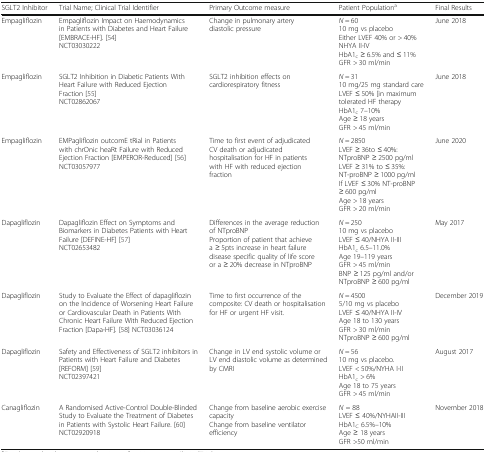
<table><thead><tr><td><b>SGLT2 Inhibitor</b></td><td><b>Trial Name; Clinical Trial Identifier</b></td><td><b>Primary Outcome measure</b></td><td><b>Patient Population<sup>a</sup></b></td><td><b>Final Results</b></td></tr></thead><tbody><tr><td>Empagliflozin</td><td>Empagliflozin Impact on Haemodynamics in Patients with Diabetes and Heart Failure [EMBRACE-HF]. [54]NCT03030222</td><td>Change in pulmonary artery diastolic pressure</td><td><i>N</i> = 6010 mg vs placeboEither LVEF 40% or &gt; 40%NHYA II-IVHbA1<sub>c</sub> ≥ 6.5% and ≤ 11%GFR &gt; 30 ml/min</td><td>June 2018</td></tr><tr><td>Empagliflozin</td><td>SGLT2 Inhibition in Diabetic Patients With Heart Failure with Reduced Ejection Fraction [55]NCT02862067</td><td>SGLT2 inhibition effects on cardiorespiratory fitness</td><td><i>N</i> = 3110 mg/25 mg standard careLVEF ≤ 50% [in maximum tolerated HF therapyHbA1<sub>c</sub> 7–10%Age ≥ 18 yearsGFR &gt; 45 ml/min</td><td>June 2018</td></tr><tr><td>Empagliflozin</td><td>EMPagliflozin outcomE tRial in Patients with chrOnic heaRt Failure with Reduced Ejection Fraction [EMPEROR-Reduced] [56]NCT03057977</td><td>Time to first event of adjudicated CV death or adjudicated hospitalisation for HF in patients with HF with reduced ejection fraction</td><td><i>N</i> = 2850LVEF ≥ 36to ≤ 40%: NTproBNP ≥ 2500 pg/mlLVEF ≥ 31% to ≤ 35%: NT-proBNP ≥ 1000 pg/mlIf LVEF ≤ 30% NT-proBNP ≥ 600 pg/mlAge &gt; 18 yearsGFR &gt; 20 ml/min</td><td>June 2020</td></tr><tr><td>Dapagliflozin</td><td>Dapagliflozin Effect on Symptoms and Biomarkers in Diabetes Patients with Heart Failure [DEFINE-HF] [57]NCT02653482</td><td>Differences in the average reduction of NTproBNPProportion of patient that achieve a ≥ 5pts increase in heart failure disease specific quality of life score or a ≥ 20% decrease in NTproBNP</td><td><i>N</i> = 25010 mg vs placeboLVEF ≤ 40/NHYA II-IIIHbA1<sub>c</sub> 6.5–11.0%Age 19–119 yearsGFR &gt; 45 ml/minBNP ≥ 125 pg/ml and/or NTproBNP ≥ 600 pg/ml</td><td>May 2017</td></tr><tr><td>Dapagliflozin</td><td>Study to Evaluate the Effect of dapagliflozin on the Incidence of Worsening Heart Failure or Cardiovascular Death in Patients With Chronic Heart Failure With Reduced Ejection Fraction [Dapa-HF]. [58] NCT03036124</td><td>Time to first occurrence of the composite: CV death or hospitalisation for HF or urgent HF visit.</td><td><i>N</i> = 45005/10 mg vs placeboLVEF ≤ 40/NHYA II-IVAge 18 to 130 yearsGFR &gt; 30 ml/minNTproBNP ≥ 600 pg/ml</td><td>December 2019</td></tr><tr><td>Dapagliflozin</td><td>Safety and Effectiveness of SGLT2 inhibitors in Patients with Heart Failure and Diabetes [REFORM] [59]NCT02397421</td><td>Change in LV end systolic volume or LV end diastolic volume as determined by CMRI</td><td><i>N</i> = 5610 mg vs placebo.LVEF &lt; 50%/NYHA I-IIHbA1<sub>c</sub> &gt; 6%Age 18 to 75 yearsGFR &gt; 45 ml/min</td><td>August 2017</td></tr><tr><td>Canagliflozin</td><td>A Randomised Active-Control Double-Blinded Study to Evaluate the Treatment of Diabetes in Patients with Systolic Heart Failure. [60]NCT02920918</td><td>Change from baseline aerobic exercise capacityChange from baseline ventilator efficiency</td><td><i>N</i> = 88LVEF ≤ 40%/NYHAII-IIIHbA1<sub>C</sub> 6.5%–10%Age ≥ 18 yearsGFR &gt;50 ml/min</td><td>November 2018</td></tr></tbody></table>